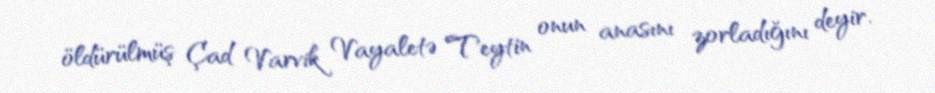
öldürülmüş Çad Varvik Vayaletə Teytin onun anasını zorladığını deyir.